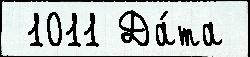
 1011 Да́та